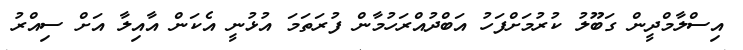
އިސްލާމްދީން ގަބޫލު ކުރުމަށްފަހު އަބްދުއްރަހުމާން ފުރަތަމަ އުޅުނީ އެކަން އާއިލާ އަށް ސިއްރު